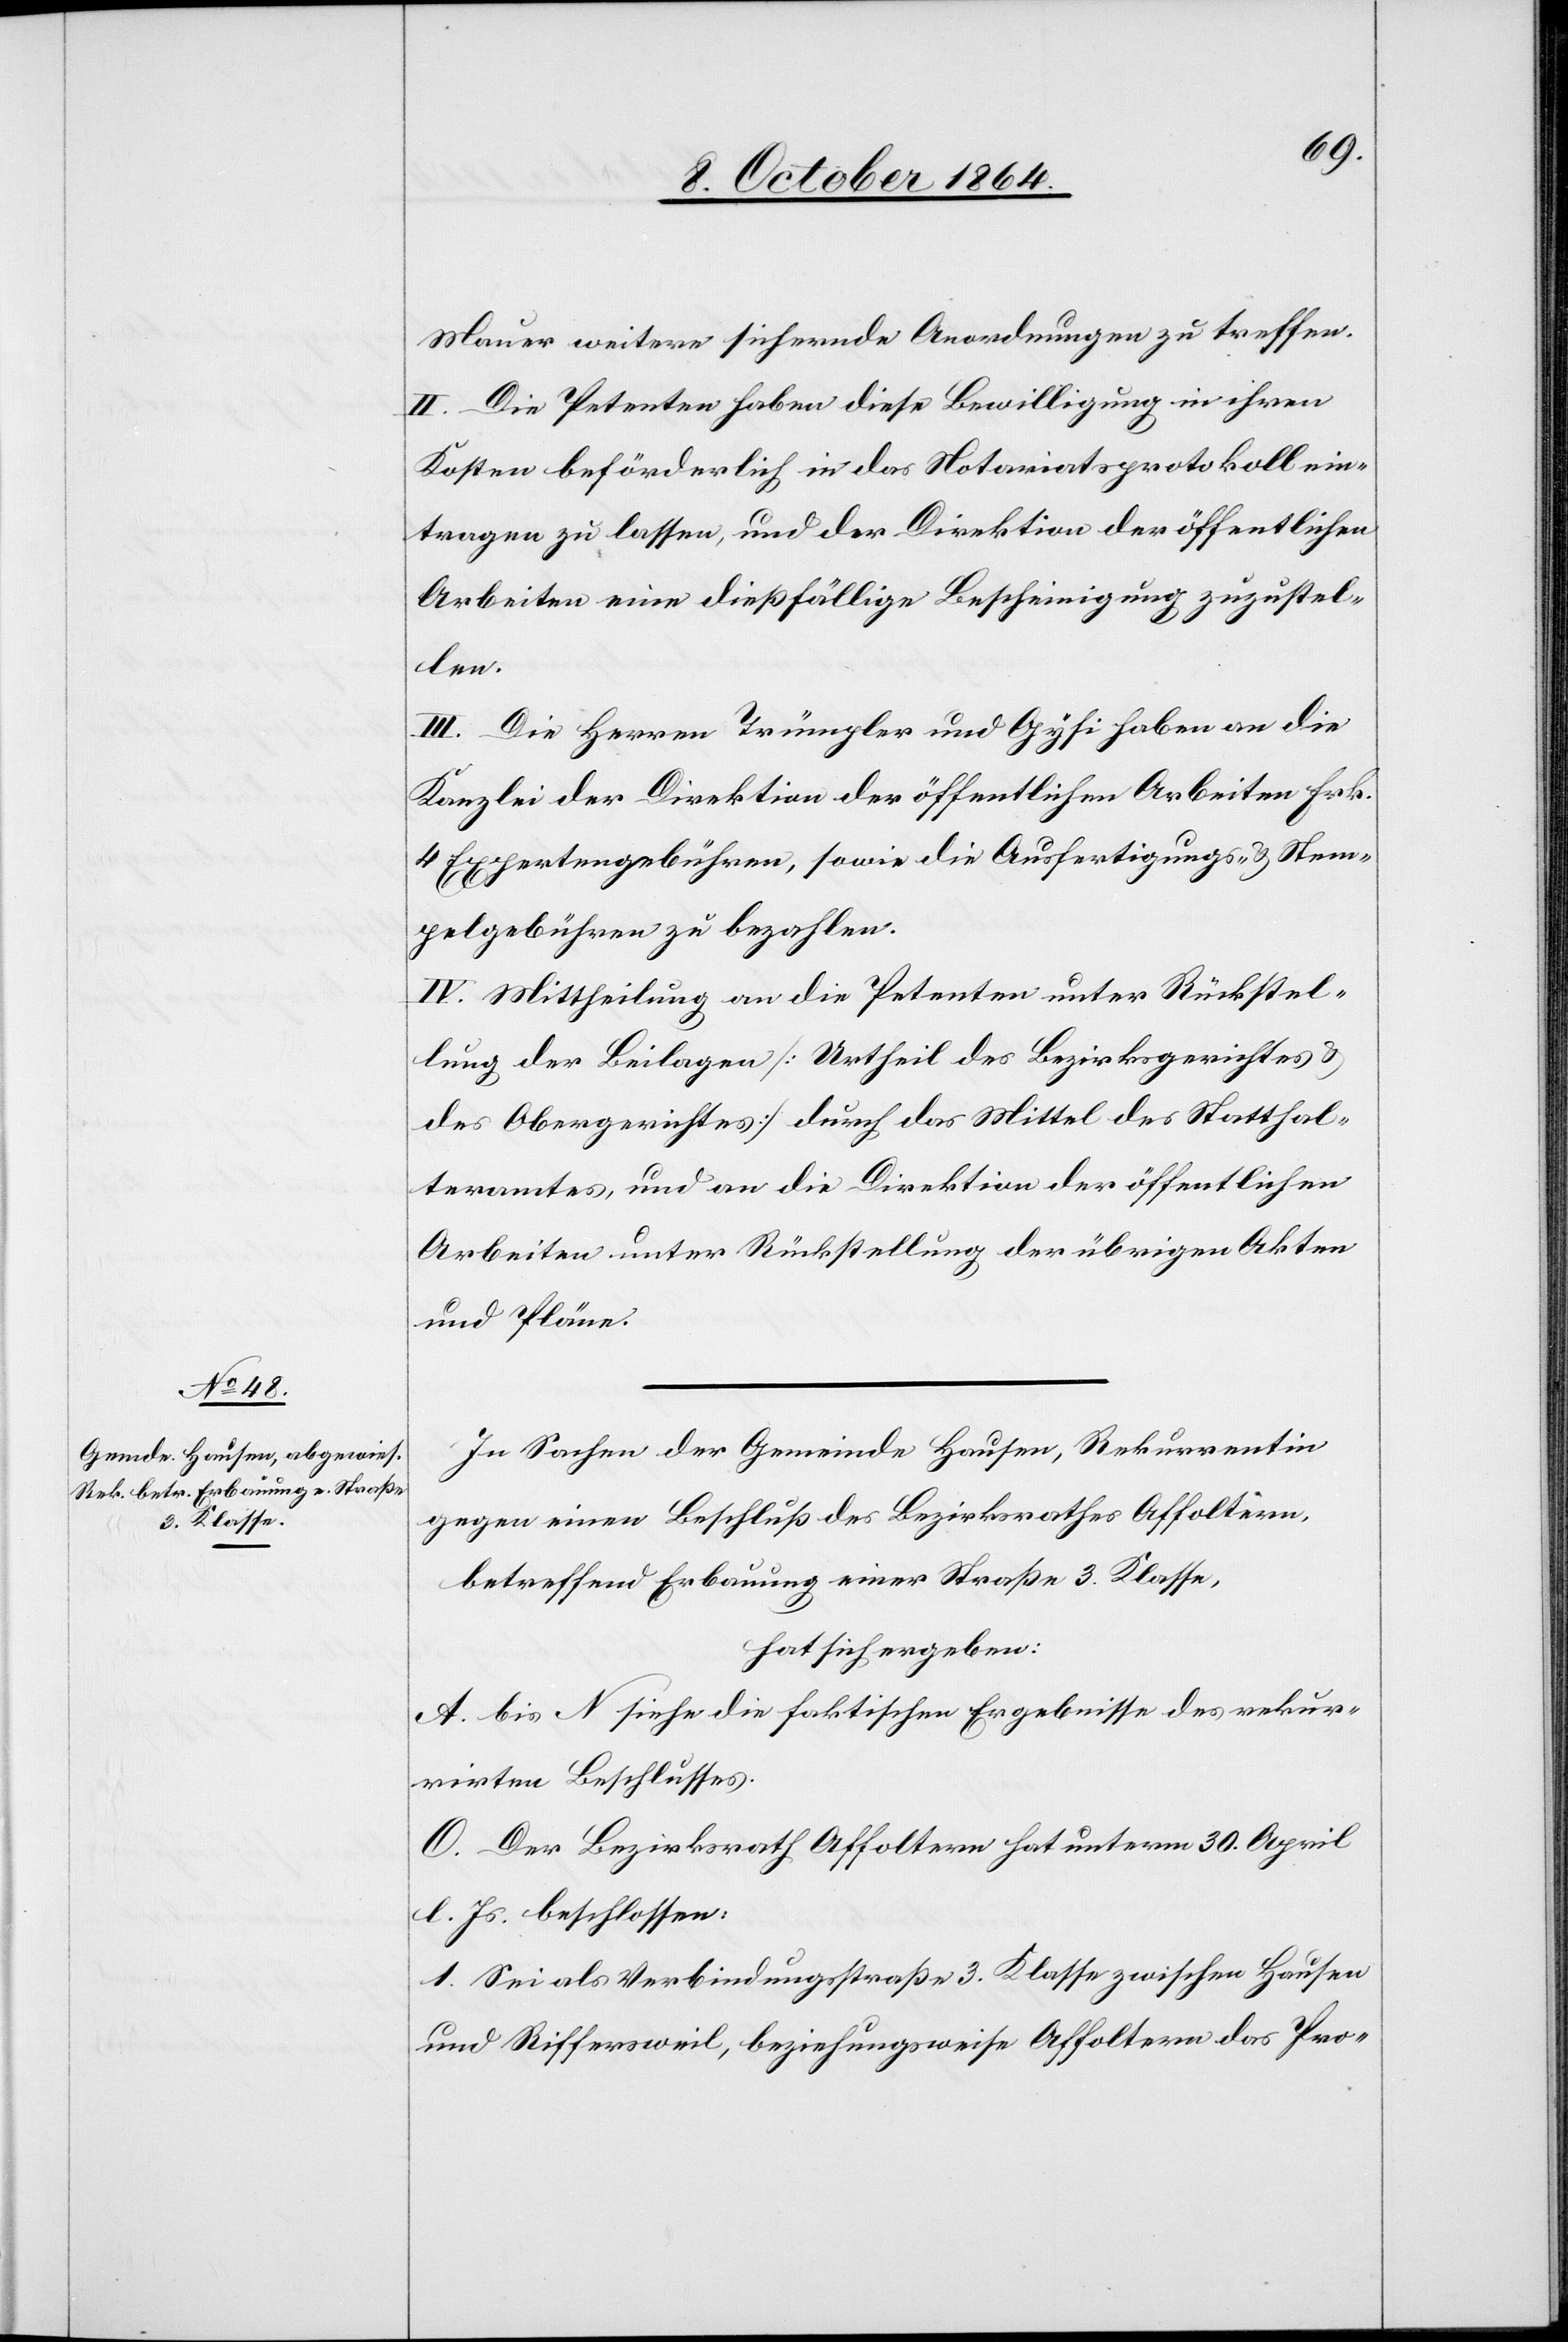
Mauer weitere sichernde Anordnungen zu treffen.
II. Die Petenten haben diese Bewilligung in ihren
Kosten beförderlich in das Notariatsprotokoll ein¬
tragen zu lassen, und der Direktion der öffentlichen
Arbeiten eine dießfällige Bescheinigung zuzustel¬
len.
III. Die Herren Trümpler und Gysi haben an die
Kanzlei der Direktion der öffentlichen Arbeiten Frk.
4 Expertengebühren, sowie die Ausfertigungs- & Stem¬
pelgebühren zu bezahlen.
IV. Mittheilung an die Petenten unter Rückstel¬
lung der Beilagen [Urtheil des Bezirksgerichtes &
des Obergerichtes] durch das Mittel des Statthal¬
teramtes, und an die Direktion der öffentlichen
Arbeiten unter Rückstellung der übrigen Akten
und Pläne.
In Sachen der Gemeinde Hausen, Rekurrentin
gegen einen Beschluß des Bezirksrathes Affoltern,
betreffend Erbauung einer Straße 3. Klasse,
hat sich ergeben:
A. bis N. siehe die faktischen Ergebnisse des rekur¬
rirten Beschlusses.
O. Der Bezirksrath Affoltern hat unterm 30. April
l. Js. beschlossen:
1. Sei als Verbindungsstraße 3. Klasse zwischen Hausen
und Riffersweil, beziehungsweise Affoltern das Pro-